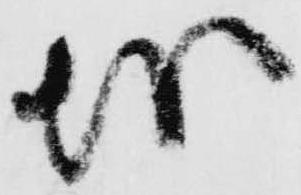
越